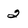
Character: 2